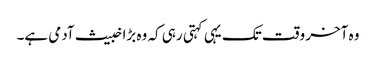
وہ آخر وقت تک یہی کہتی رہی کہ وہ بڑا خبیث آدمی ہے۔